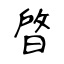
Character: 晵